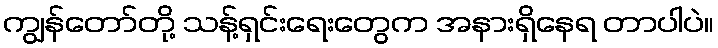
ကျွန်တော်တို့ သန့်ရှင်းရေးတွေက အနားရှိနေရ တာပါပဲ။